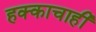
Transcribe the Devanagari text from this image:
हक्काचाही